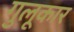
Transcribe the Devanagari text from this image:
गुलूकार